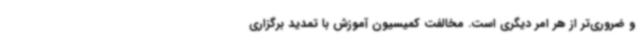
و ضروری‌تر از هر امر دیگری است. مخالفت کمیسیون آموزش با تمدید برگزاری